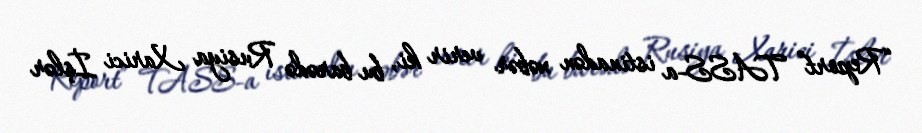
“Report” TASS-a istinadən xəbər verir ki, bu barədə Rusiya Xarici İşlər